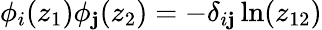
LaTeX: \phi_{i}(z_{1})\phi_{\mathbf{j}}(z_{2})=-\delta_{i\mathbf{j}}\ln(z_{12})